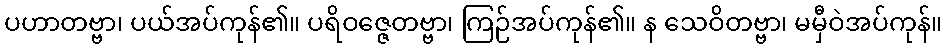
ပဟာတဗ္ဗာ၊ ပယ်အပ်ကုန်၏။ ပရိဝဇ္ဇေတဗ္ဗာ၊ ကြဉ်အပ်ကုန်၏။ န သေဝိတဗ္ဗာ၊ မမှီဝဲအပ်ကုန်။